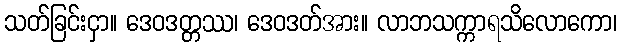
သတ်ခြင်းငှာ။ ဒေဝဒတ္တဿ၊ ဒေဝဒတ်အား။ လာဘသက္ကာရသိလောကော၊